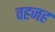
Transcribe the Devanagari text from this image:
वहजह